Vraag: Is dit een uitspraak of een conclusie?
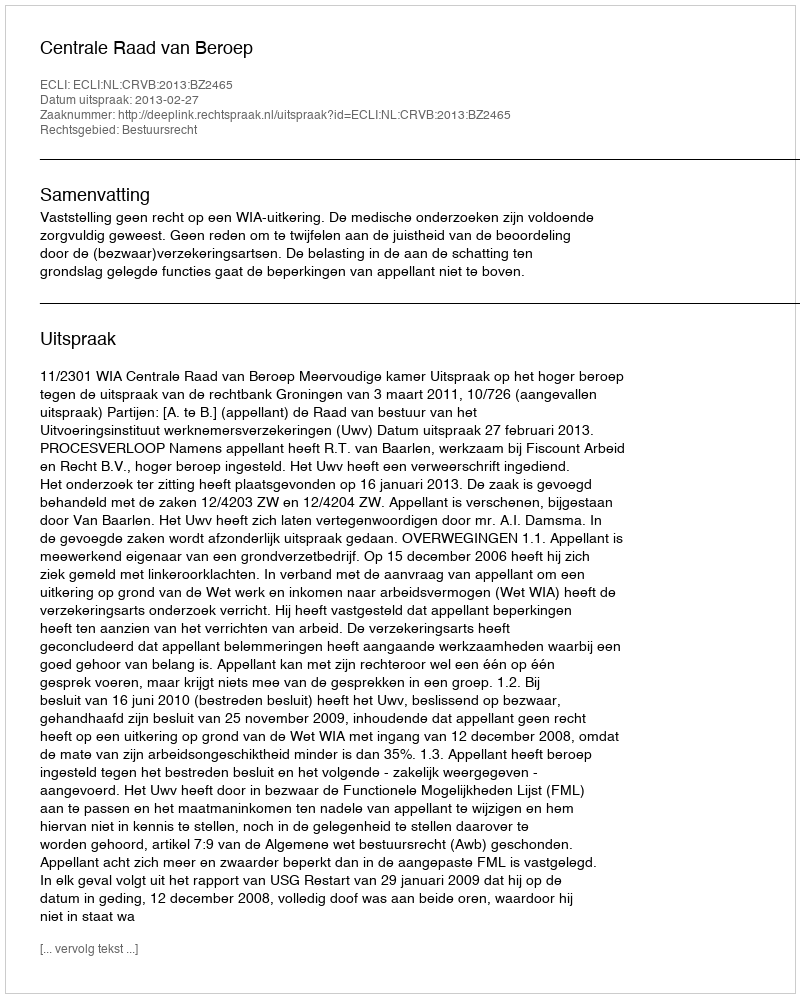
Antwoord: Uitspraak